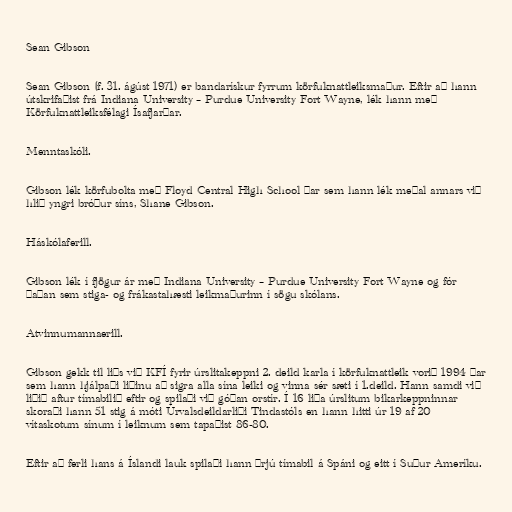
Sean Gibson

Sean Gibson (f. 31. ágúst 1971) er bandarískur fyrrum körfuknattleiksmaður. Eftir að hann
útskrifaðist frá Indiana University – Purdue University Fort Wayne, lék hann með
Körfuknattleiksfélagi Ísafjarðar.

Menntaskóli.

Gibson lék körfubolta með Floyd Central High School þar sem hann lék meðal annars við
hlið yngri bróður síns, Shane Gibson.

Háskólaferill.

Gibson lék í fjögur ár með Indiana University – Purdue University Fort Wayne og fór
þaðan sem stiga- og frákastahæsti leikmaðurinn í sögu skólans.

Atvinnumannaerill.

Gibson gekk til liðs við KFÍ fyrir úrslitakeppni 2. deild karla í körfuknattleik vorið 1994 þar
sem hann hjálpaði liðinu að sigra alla sína leiki og vinna sér sæti í 1.deild. Hann samdi við
liðið aftur tímabilið eftir og spilaði við góðan orstír. Í 16 liða úrslitum bikarkeppninnar
skoraði hann 51 stig á móti Úrvalsdeildarliði Tindastóls en hann hitti úr 19 af 20
vítaskotum sínum í leiknum sem tapaðist 86-80.

Eftir að ferli hans á Íslandi lauk spilaði hann þrjú tímabil á Spáni og eitt í Suður Ameríku.